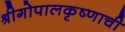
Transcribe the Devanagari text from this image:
श्रीगोपालकृष्णाची